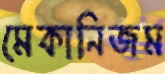
মেকানিজম